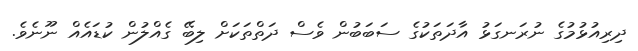
ދިރިއުޅުމުގެ ނުރަނގަޅު އާދަތަކުގެ ސަބަބުން ވެސް ދަތްތަކަށް ލިބޭ ގެއްލުން ކުޑައެއް ނޫނެވެ.